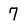
Character: 7